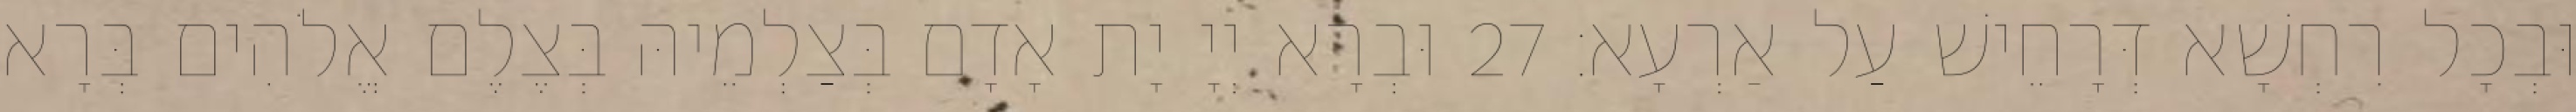
וּבְכָל רִחְשָׁא דְּרָחֵישׁ עַל אַרְעָא׃ 27 וּבְרָא יְיָ יָת אָדָם בְּצַלְמֵיהּ בְּצֶלֶם אֱלֹהִים בְּרָא